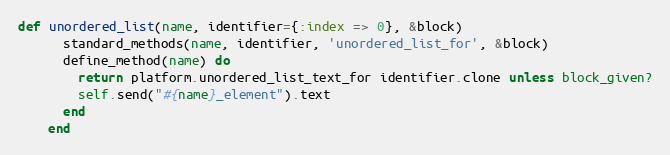
Language: Ruby
def unordered_list(name, identifier={:index => 0}, &block)
      standard_methods(name, identifier, 'unordered_list_for', &block)
      define_method(name) do
        return platform.unordered_list_text_for identifier.clone unless block_given?
        self.send("#{name}_element").text
      end
    end